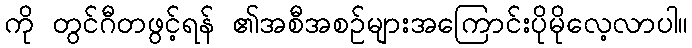
ကို တွင်ဂီတဖွင့်ရန် ၏အစီအစဉ်များအကြောင်းပိုမိုလေ့လာပါ။